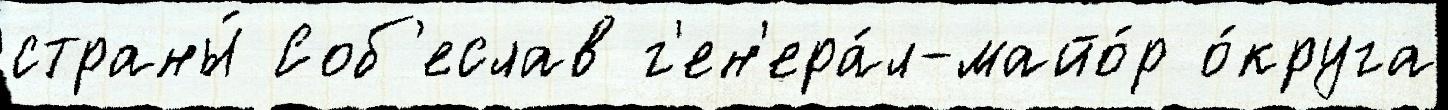
страны́ Соб'еслав г'ен'ера́л-майо́р о́круга